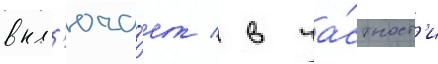
вкл'юча́ет / в ча́стност'и